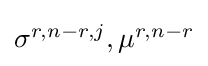
{\textstyle \sigma ^{r,n-r,j},\mu ^{r,n-r}}